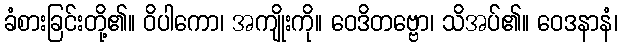
ခံစားခြင်းတို့၏။ ဝိပါကော၊ အကျိုးကို။ ဝေဒိတဗ္ဗော၊ သိအပ်၏။ ဝေဒနာနံ၊